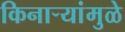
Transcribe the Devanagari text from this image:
किनाऱ्यांमुळे